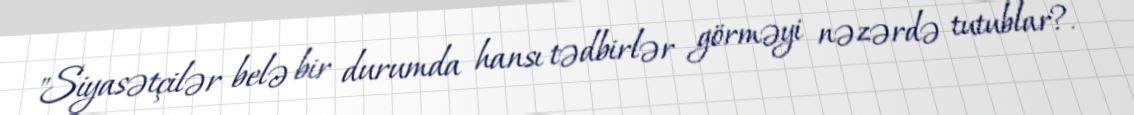
"Siyasətçilər belə bir durumda hansı tədbirlər görməyi nəzərdə tutublar?.